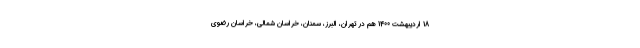
18 اردیبهشت 1400 هم در تهران، البرز، سمنان، خراسان شمالی، خراسان رضوی